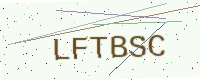
Text: LFTBSC